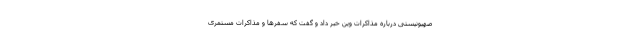
صهیونیستی درباره مذاکرات وین خبر داد و گفت که سفرها و مذاکرات مستمری